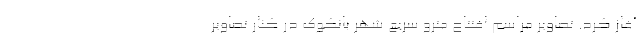
آغاز کرد. تصاویر مراسم افتتاح مترو سریع شهر بانکوک در کنار تصاویر